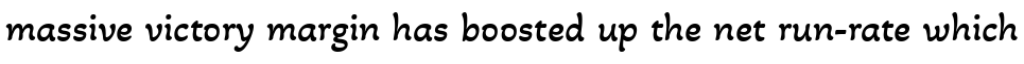
massive victory margin has boosted up the net run-rate which